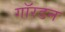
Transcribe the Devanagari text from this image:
गॉरडन